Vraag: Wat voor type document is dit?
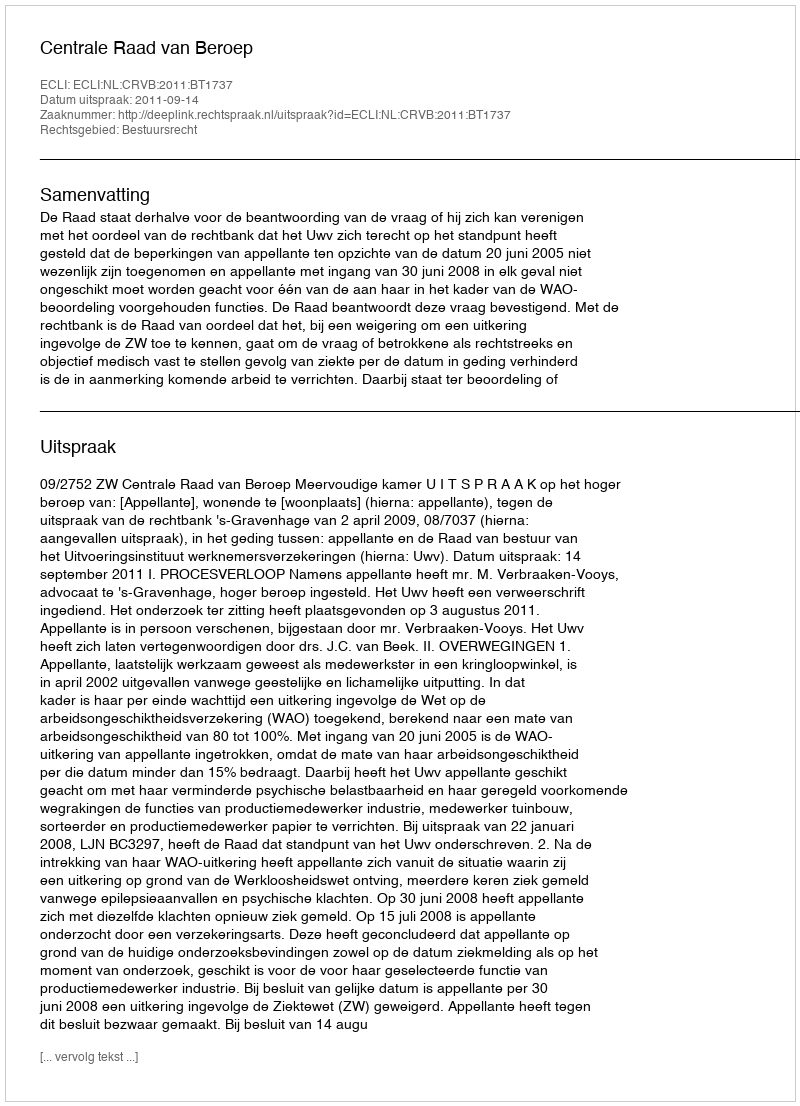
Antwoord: Uitspraak